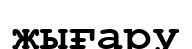
жығару